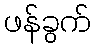
ဖန်ခွက်